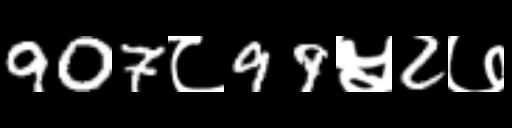
Text: 907८99५2७